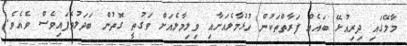
މާލޭގައި ދިރިއުޅޭ ބައެއް ފަރާތްތަކުން ހުޅުމާލެއަށާއި ވިލިމާލެއަށް ވަގުތީ ގޮތުން ބަދަލުވެފައިވެސް ވެއެވެ.